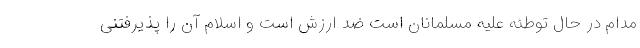
مدام در حال توطئه علیه مسلمانان است ضد ارزش است و اسلام آن را پذیرفتنی